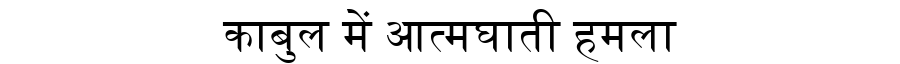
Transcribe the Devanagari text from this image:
काबुल में आत्मघाती हमला